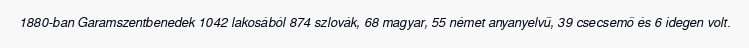
1880-ban Garamszentbenedek 1042 lakosából 874 szlovák, 68 magyar, 55 német anyanyelvű, 39 csecsemő és 6 idegen volt.